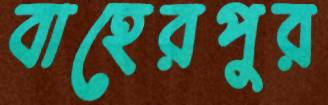
বাহেরপুর